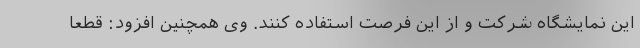
این نمایشگاه شرکت و از این فرصت استفاده کنند. وی همچنین افزود: قطعاً